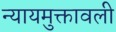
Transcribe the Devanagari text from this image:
न्यायमुक्तावली